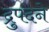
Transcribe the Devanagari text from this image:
द्रुपदने